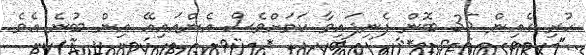
ހުރި ގެއިން 35 ބޮން ފެނިފައިވާ ކަމަށްވެސް އެންއައިއޭ އިން ބުނެ އެވެ.